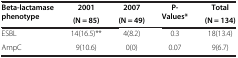
| <ROWSPAN=2> Beta-lactamase phenotype | 2001 | 2007 | <ROWSPAN=2> P-Values* | Total |
 | (N = 85) | (N = 49) | (N = 134) |
 | --- | --- | --- | --- | --- |
 | ESBL | 14(16.5)** | 4(8.2) | 0.3 | 18(13.4) |
 | AmpC | 9(10.6) | 0(0) | 0.07 | 9(6.7) |